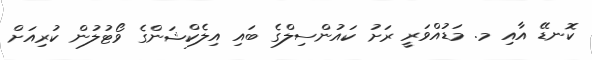
ކޮނޑޭ އާއި މ. މަޑުއްވަރީ ރަށު ކައުންސިލްގެ ބައި އިލެކްޝަންގެ ވޯޓުލުން ކުރިއަށް